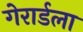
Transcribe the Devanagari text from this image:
गेरार्डला